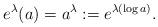
LaTeX: \begin{align*}e^\lambda (a) = a^\lambda := e^{\lambda (\log a)}.\end{align*}